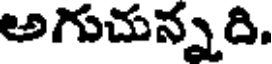
అగుచున్నది.